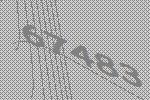
67483